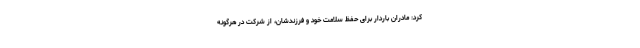
کرد: مادران باردار برای حفظ سلامت خود و فرزندشان، از شرکت در هرگونه